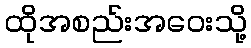
ထိုအစည်းအဝေးသို့